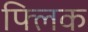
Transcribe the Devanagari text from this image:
फ्‍लिक